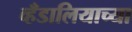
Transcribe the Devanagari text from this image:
व्हँडालियाच्या